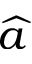
\widehat { a }